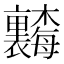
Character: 𬅗